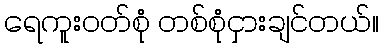
ရေကူးဝတ်စုံ တစ်စုံငှားချင်တယ်။